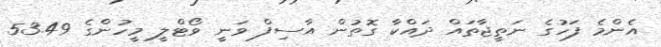
އެންމެ ފަހުގެ ނަތީޖާތައް ދައްކާ ގޮތުން އާސިފް ވަނީ ވޯޓްލީ މީހުންގެ 53.49